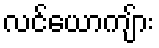
လင်ယောကျ်ား